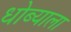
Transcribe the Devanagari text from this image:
धोब्याला